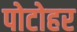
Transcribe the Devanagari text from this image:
पोटोहर